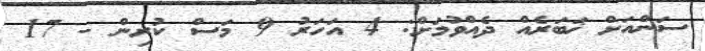
ސަންއަށް ޚަބަރެއް ދެއްވުމަށް: 4 އަހަރު 9 މަސް ކުރިން - 17